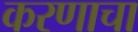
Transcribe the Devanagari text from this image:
करणाचा